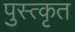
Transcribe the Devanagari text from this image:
पुस्त्कृत